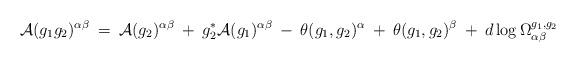
LaTeX: \begin{align*}{\cal A}(g_1 g_2)^{\alpha \beta} \: = \:{\cal A}(g_2)^{\alpha \beta} \: + \: g_2^* {\cal A}(g_1)^{\alpha \beta}\: - \: \theta(g_1, g_2)^{\alpha} \: + \: \theta(g_1, g_2)^{\beta}\: + \: d \log \Omega^{g_1, g_2}_{\alpha \beta}\end{align*}